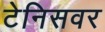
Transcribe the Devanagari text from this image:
टेनिसवर